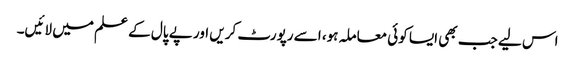
اس لیے جب بھی ایسا کوئی معاملہ ہو، اسے رپورٹ کریں اور پے پال کے علم میں لائیں۔